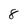
Character: 8